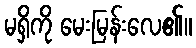
မရှိကို မေးမြန်းလေ၏။